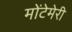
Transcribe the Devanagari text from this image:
मोंटेमेरी